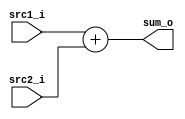
/***************************************************
Student Name: 
Student ID: 
***************************************************/

`timescale 1ns/1ps

module Adder(
    input  [32-1:0] src1_i,
	input  [32-1:0] src2_i,
	output [32-1:0] sum_o
	);
    
wire signed [31:0] a, b, sum;
assign a = src1_i;
assign b = src2_i;
assign sum = a + b;
assign sum_o = sum;

endmodule